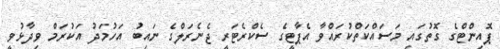
ޕޮއިންޓްގެ ގޮތުގައި މަސައްކަތްކުރައްވާ އެޕާޓީގެ ސެކްރެޓަރީ ޖެނެރަލްގެ ނައިބު އަހުމަދު އަކުރަމް ވިދާޅުވީ